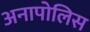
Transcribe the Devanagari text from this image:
अनापोलिस